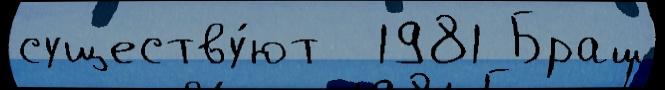
существу́ют  1981 Браш